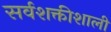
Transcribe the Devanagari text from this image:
सर्वशक्तीशाली